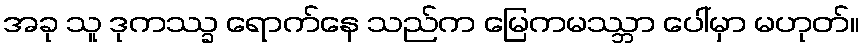
အခု သူ ဒုကဿ္ခ ရောက်နေ သည်က မြေကမဿ္ဘာ ပေါ်မှာ မဟုတ်။